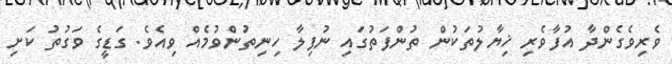
ވެރިވެގެންދާ އުފާވެރި ޚިޔާލުތަކުން ތުންފަތުގައި ނުފިލާ ހިނިތުންވުމެއް ވިއެވެ. ގަޑީގެ ވަގުތު ކަށި